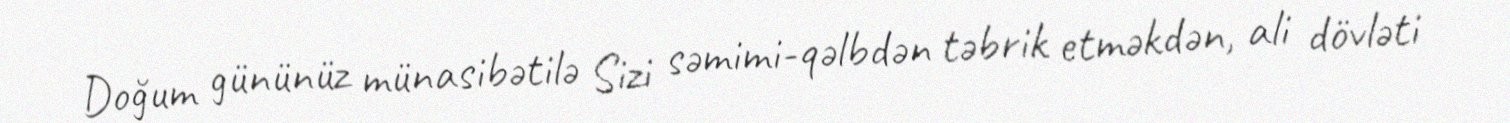
Doğum gününüz münasibətilə Sizi səmimi-qəlbdən təbrik etməkdən, ali dövləti